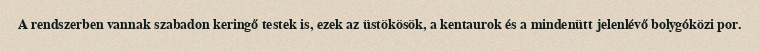
A rendszerben vannak szabadon keringő testek is, ezek az üstökösök, a kentaurok és a mindenütt jelenlévő bolygóközi por.